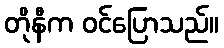
တိုနီက ဝင်ပြောသည်။